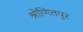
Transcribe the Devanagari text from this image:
श्रोणितपुर